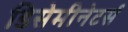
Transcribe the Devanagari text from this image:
डिसेमीनेटर्स